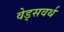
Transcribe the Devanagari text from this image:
वेड्सवर्थ